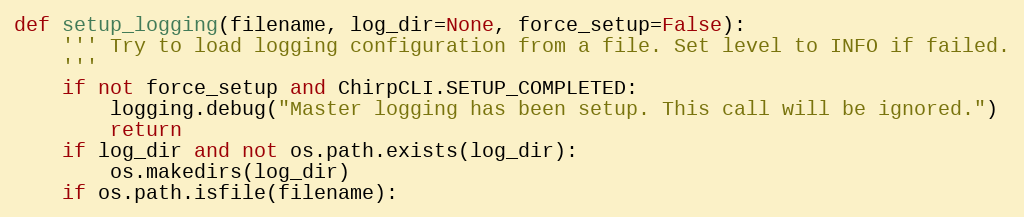
Language: Python
def setup_logging(filename, log_dir=None, force_setup=False):
    ''' Try to load logging configuration from a file. Set level to INFO if failed.
    '''
    if not force_setup and ChirpCLI.SETUP_COMPLETED:
        logging.debug("Master logging has been setup. This call will be ignored.")
        return
    if log_dir and not os.path.exists(log_dir):
        os.makedirs(log_dir)
    if os.path.isfile(filename):